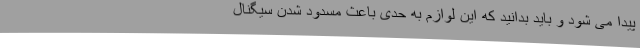
پیدا می شود و باید بدانید که این لوازم به حدی باعث مسدود شدن سیگنال